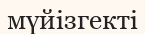
мүйізгекті